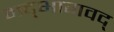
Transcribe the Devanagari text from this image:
मद्‌भागवद्‌